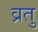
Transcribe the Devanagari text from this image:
व्रतु